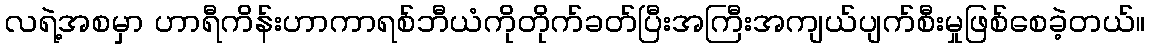
လရဲ့အစမှာ ဟာရီကိန်းဟာကာရစ်ဘီယံကိုတိုက်ခတ်ပြီးအကြီးအကျယ်ပျက်စီးမှုဖြစ်စေခဲ့တယ်။